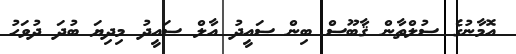
އޮމާނުގެ ސުލްތާން ޤާބޫސް ބިން ސައީދު އާލް ސައީދު މިދިޔަ ބުދަ ދުވަހު